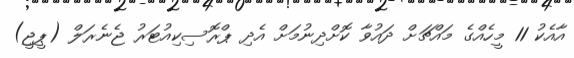
އާއެކު 11 މީހެއްގެ މައްޗަށް ދައުވާ ކޮށްދިނުމަށް އެދި ޕްރޮސިކިއުޓަރު ޖެނެރަލް (ޕީޖީ)